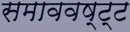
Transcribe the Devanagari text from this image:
समाववष्ट्ट